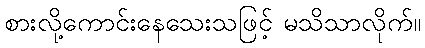
စားလို့ကောင်းနေသေးသဖြင့် မသိသာလိုက်။